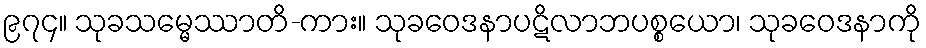
၉၇၄။ သုခသမ္မေဿာတိ-ကား။ သုခဝေဒနာပဋိလာဘပစ္စယော၊ သုခဝေဒနာကို